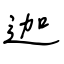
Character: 迦